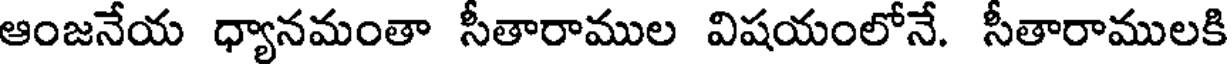
ఆంజనేయ ధ్యానమంతా సీతారాముల విషయంలోనే. సీతారాములకి